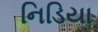
નિડિયા